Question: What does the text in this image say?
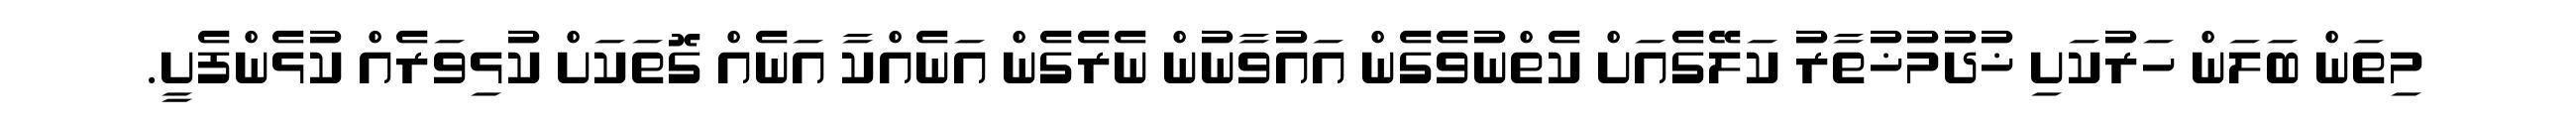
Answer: މިތަން ބަލަން ހަރުކަށި ޚުދުމުޚުތާރު ކަލޭގެއަށް ކެތްނުވެގެން އައުވާނުން ނެރެގެން އަނެއްކާ އަނެއް ގޮތަކަށް ކުޅިވަރެއް ކުޅެންފެށީ.